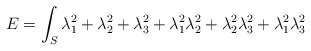
\begin{align*}E = \int_S \lambda_1^2+\lambda_2^2+\lambda_3^2+ \lambda_1^2\lambda_2^2+\lambda_2^2\lambda_3^2+\lambda_1^2\lambda_3^2\end{align*}